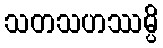
သတသဟဿမ္ပိ